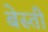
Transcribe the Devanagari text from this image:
बेस्ती